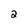
Character: 2